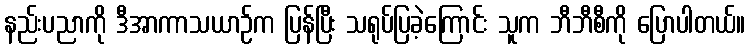
နည်းပညာကို ဒီအာကာသယာဉ်က ပြန်ပြီး သရုပ်ပြခဲ့ကြောင်း သူက ဘီဘီစီကို ပြောပါတယ်။